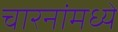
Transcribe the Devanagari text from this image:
चारनांमध्ये